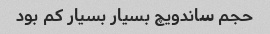
حجم ساندویچ بسیار بسیار کم بود